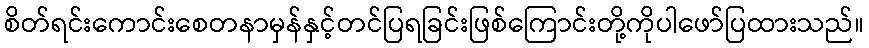
စိတ်ရင်းကောင်းစေတနာမှန်နှင့်တင်ပြရခြင်းဖြစ်ကြောင်းတို့ကိုပါဖော်ပြထားသည်။